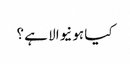
کیا ہونیوالا ہے ؟